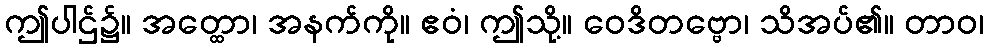
ဤပါဌ်၌။ အတ္ထော၊ အနက်ကို။ ဧဝံ၊ ဤသို့။ ဝေဒိတဗ္ဗော၊ သိအပ်၏။ တာဝ၊